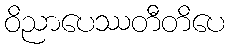
ဝိညာပေဿတီတိပေ